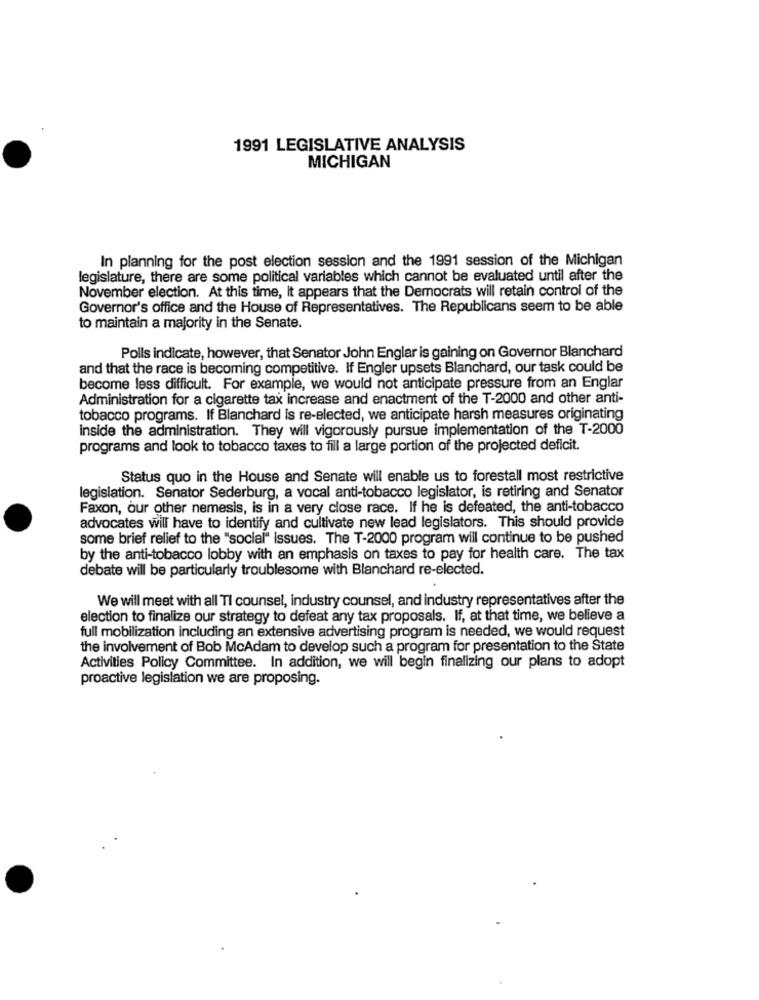
1991 LEGISLATIVE ANALYSIS
MICHIGAN
In planning for the post election session and the 1991 session of the Michigan
legislature, there are some political variables which cannot be evaluated until after the
November election. At this time, It appears that the Democrats will retain control of the
Governor's office and the House of Representatives. The Republicans seem to be able
to maintain a majority in the Senate.
Polls indicate, however, that Senator John Englar is gaining on Governor Blanchard
and that the race is becoming competitive. If Engler upsets Blanchard, our task could be
become less difficult. For example, we would not anticipate pressure from an Englar
Administration for a cigarette tax increase and enactment of the T-2000 and other anti-
tobacco programs. If Blanchard is re-elected, we anticipate harsh measures originating
Inside the administration. They will vigorously pursue implementation of the T-2000
programs and look to tobacco taxes to fill a large portion of the projected deficit.
Status quo in the House and Senate will enable us to forestall most restrictive
legislation. Senator Sederburg, a vocal anti-tobacco legislator, is retiring and Senator
Faxon, our other nemesis, is in a very close race. If he is defeated, the anti-tobacco
advocates will have to identify and cultivate new lead legislators. This should provide
some brief relief to the "social" issues. The T-2000 program will continue to be pushed
by the anti-tobacco lobby with an emphasis on taxes to pay for health care. The tax
debate will be particularly troublesome with Blanchard re-elected.
We will meet with all TI counsel, industry counsel, and industry representatives after the
election to finalize our strategy to defeat any tax proposals. If, at that time, we believe a
full mobilization including an extensive advertising program is needed, we would request
the involvement of Bob McAdam to develop such a program for presentation to the State
Activities Policy Committee. In addition, we will begin finalizing our plans to adopt
proactive legislation we are proposing.